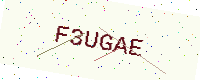
Text: F3UGAE